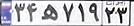
۳۴ه۷۱۹۲۳